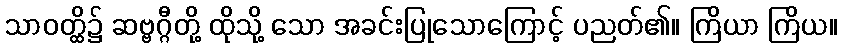
သာဝတ္ထိ၌ ဆဗ္ဗဂ္ဂီတို့ ထိုသို့ သော အခင်းပြုသောကြောင့် ပညတ်၏။ ကြိယာ ကြိယ။